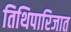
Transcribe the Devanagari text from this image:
तिथिपारिजात